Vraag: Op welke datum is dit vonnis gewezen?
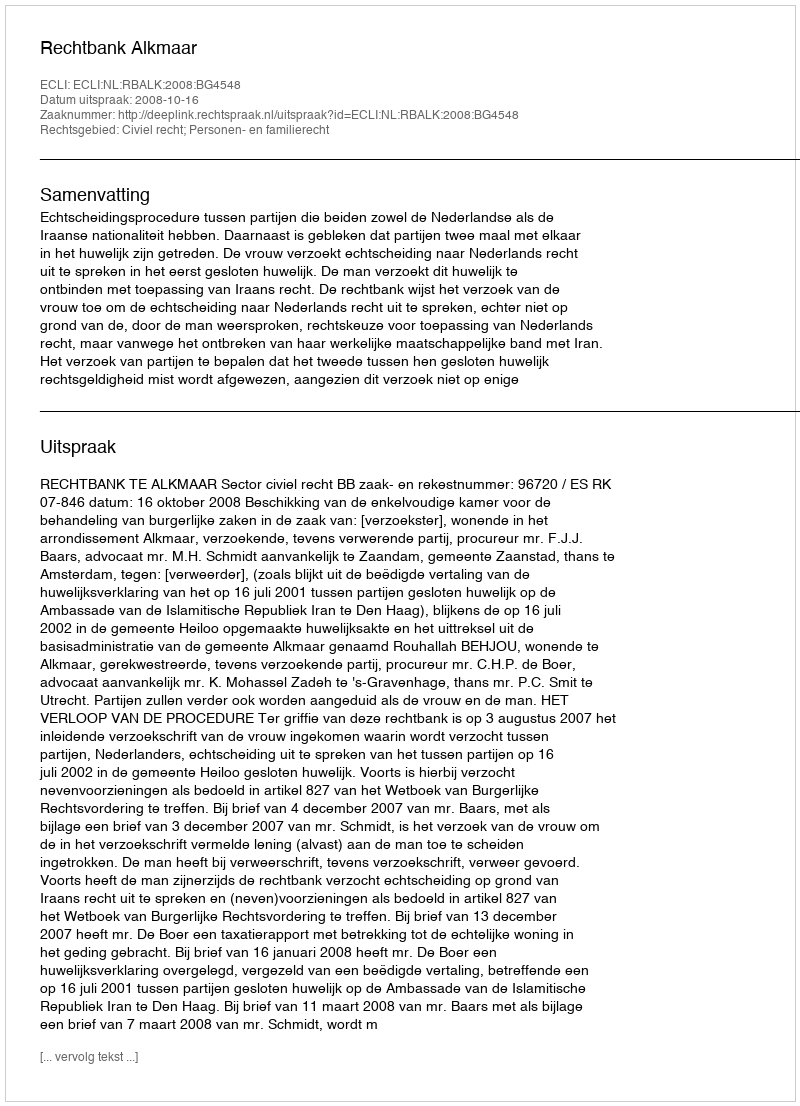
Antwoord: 2008-10-16